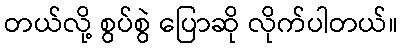
တယ်လို့ စွပ်စွဲ ပြောဆို လိုက်ပါတယ်။